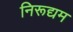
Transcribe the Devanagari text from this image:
निरूद्यम